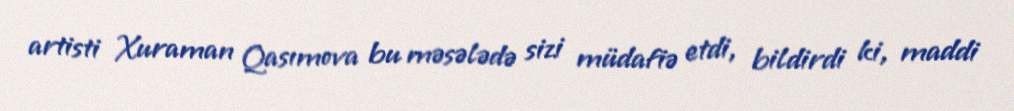
artisti Xuraman Qasımova bu məsələdə sizi müdafiə etdi, bildirdi ki, maddi